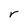
Character: r